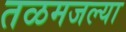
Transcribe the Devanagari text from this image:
तळमजल्या